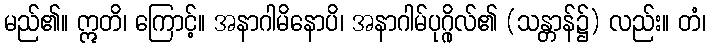
မည်၏။ ဣတိ၊ ကြောင့်။ အနာဂါမိနောပိ၊ အနာဂါမ်ပုဂ္ဂိုလ်၏ (သန္တာန်၌) လည်း။ တံ၊